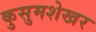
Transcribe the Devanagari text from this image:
कुसुमशेखर